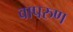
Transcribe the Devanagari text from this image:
वापरुण